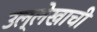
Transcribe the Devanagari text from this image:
उल्लेखाची